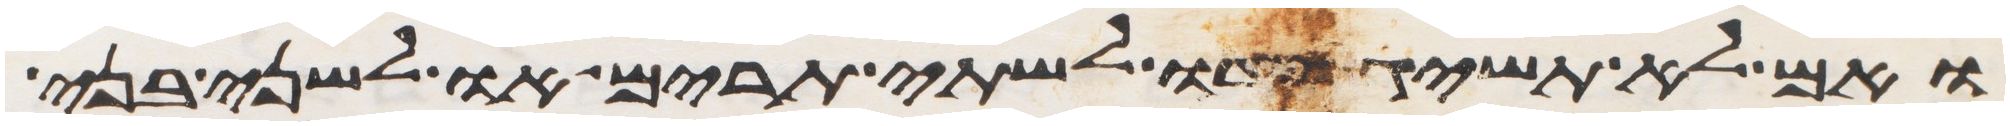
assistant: ואם לא תשיג ידו לשתי תרים או לשני בני